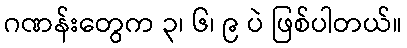
ဂဏန်းတွေက ၃၊ ၆၊ ၉ ပဲ ဖြစ်ပါတယ်။